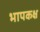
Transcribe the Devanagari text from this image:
भापकक्ष